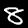
Label: 8